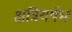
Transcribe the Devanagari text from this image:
क्षत्रियर्षभः